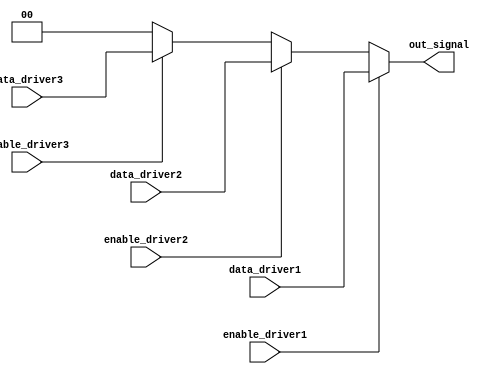
module multiple_drivers (
    input wire enable_driver1,
    input wire enable_driver2,
    input wire enable_driver3,
    input wire [1:0] data_driver1,
    input wire [1:0] data_driver2,
    input wire [1:0] data_driver3,
    output wire [1:0] out_signal
);

// Internal wires for driver outputs
wire [1:0] driver1_out;
wire [1:0] driver2_out;
wire [1:0] driver3_out;

// Driver 1
assign driver1_out = enable_driver1 ? data_driver1 : 2'bzz; // High impedance when disabled

// Driver 2
assign driver2_out = enable_driver2 ? data_driver2 : 2'bzz; // High impedance when disabled

// Driver 3
assign driver3_out = enable_driver3 ? data_driver3 : 2'bzz; // High impedance when disabled

// Resolution logic: Priority encoding
assign out_signal = (enable_driver1) ? driver1_out :
                    (enable_driver2) ? driver2_out :
                    (enable_driver3) ? driver3_out :
                    2'b00; // Default value when no driver is enabled

endmodule